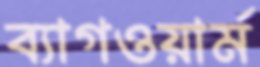
ব্যাগওয়ার্ম